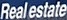
Real estate